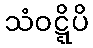
သံဝဋ္ဋိပိ